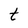
Character: t